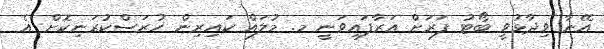
އޭނާ ވިދާޅުވީ ބޯޓު ފަރަށް އަރާފައިވަނީ މ. މުލައް ކައިރިން ހުރަސްކުރަނިކޮށް އެ